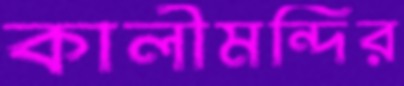
কালীমন্দির